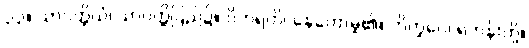
၃၃။ သာဝတ္ထိယံ၊ သာဝတ္ထိပြည်၌။ ဝိဟရတိ၊ နေတော်မူ၏။ ဘိက္ခဝေ၊ ရဟန်းတို့။